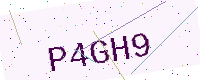
Text: P4GH9